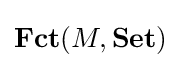
\mathbf {Fct} (M,\mathbf {Set} )